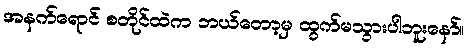
အနက်ရောင် စတိုင်ထဲက ဘယ်တော့မှ ထွက်မသွားပါဘူးနော်။